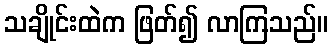
သချိုင်းထဲက ဖြတ်၍ လာကြသည်။